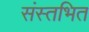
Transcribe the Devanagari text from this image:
संस्तभित